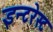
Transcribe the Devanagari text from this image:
इन्टरेस्ट